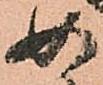
如